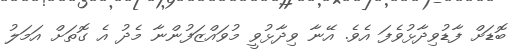
ބޮޑަށް ފާޑުވިދާޅުވެފަ އެވެ. އޭނާ ވިދާޅުވީ މުވައްޒަފުންނާ މެދު އެ ގޮތަށް އަމަލު